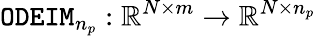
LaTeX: {\tt ODEIM}_{n_{p}}:\mathbb{R}^{N\times m}\rightarrow\mathbb{R}^{N\times n_{p}}